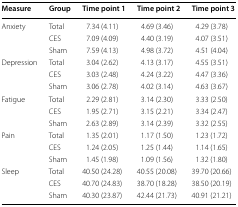
| Measure | Group | Time point 1 | Time point 2 | Time point 3 |
 | --- | --- | --- | --- | --- |
 | <ROWSPAN=3> Anxiety | Total | 7.34 (4.11) | 4.69 (3.46) | 4.29 (3.78) |
 | CES | 7.09 (4.09) | 4.40 (3.19) | 4.07 (3.51) |
 | Sham | 7.59 (4.13) | 4.98 (3.72) | 4.51 (4.04) |
 | <ROWSPAN=3> Depression | Total | 3.04 (2.62) | 4.13 (3.17) | 4.55 (3.51) |
 | CES | 3.03 (2.48) | 4.24 (3.22) | 4.47 (3.36) |
 | Sham | 3.06 (2.78) | 4.02 (3.14) | 4.63 (3.67) |
 | <ROWSPAN=3> Fatigue | Total | 2.29 (2.81) | 3.14 (2.30) | 3.33 (2.50) |
 | CES | 1.95 (2.71) | 3.15 (2.21) | 3.34 (2.47) |
 | Sham | 2.63 (2.89) | 3.14 (2.39) | 3.32 (2.55) |
 | <ROWSPAN=3> Pain | Total | 1.35 (2.01) | 1.17 (1.50) | 1.23 (1.72) |
 | CES | 1.24 (2.05) | 1.25 (1.44) | 1.14 (1.65) |
 | Sham | 1.45 (1.98) | 1.09 (1.56) | 1.32 (1.80) |
 | <ROWSPAN=3> Sleep | Total | 40.50 (24.28) | 40.55 (20.08) | 39.70 (20.66) |
 | CES | 40.70 (24.83) | 38.70 (18.28) | 38.50 (20.19) |
 | Sham | 40.30 (23.87) | 42.44 (21.73) | 40.91 (21.21) |